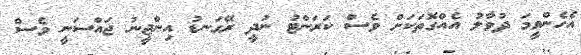
އެހެންވީމަ ދުވާލު އެއްގޮތަކަށް ވެސް ކަރަންޓު ނުދީ ރޭގަނޑު އިންޖީނު ޖައްސަނީ ވެސް